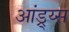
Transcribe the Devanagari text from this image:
आंड्र्य्स